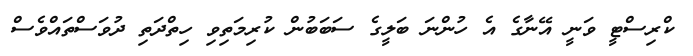
ކްރިސްޓީ ވަނީ އޭނާގެ އެ ހުންނަ ބަލީގެ ސަބަބުން ކުރިމަތިވި ހިތްދަތި ދުވަސްތައްވެސް